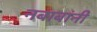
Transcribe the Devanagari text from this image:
नबाबांनी